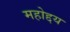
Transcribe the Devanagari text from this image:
महोद्दय